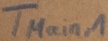
Text: TMain,1